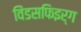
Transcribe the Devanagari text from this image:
विंडसफिइर्ग